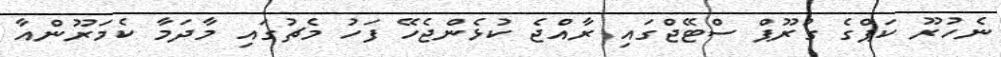
ނެހުރޫ ކަޕްގެ ގުރޫޕް ސްޓޭޖްގައި ރާއްޖެ ކުޅެންޖެހޭ ފަހު މެޗުގައި މާދަމާ ކެމަރޫންއާ